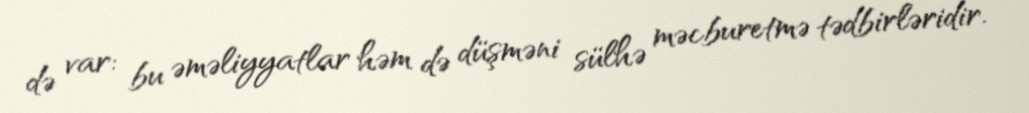
də var: bu əməliyyatlar həm də düşməni sülhə məcburetmə tədbirləridir.